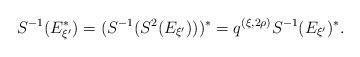
LaTeX: \begin{align*}S^{-1}(E_{\xi^\prime}^*) = (S^{-1}(S^2(E_{\xi^\prime})))^* = q^{(\xi, 2 \rho)} S^{-1}(E_{\xi^\prime})^*.\end{align*}